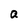
Character: a